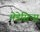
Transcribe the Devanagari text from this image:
मेडेसिन्स